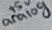
Text: analog